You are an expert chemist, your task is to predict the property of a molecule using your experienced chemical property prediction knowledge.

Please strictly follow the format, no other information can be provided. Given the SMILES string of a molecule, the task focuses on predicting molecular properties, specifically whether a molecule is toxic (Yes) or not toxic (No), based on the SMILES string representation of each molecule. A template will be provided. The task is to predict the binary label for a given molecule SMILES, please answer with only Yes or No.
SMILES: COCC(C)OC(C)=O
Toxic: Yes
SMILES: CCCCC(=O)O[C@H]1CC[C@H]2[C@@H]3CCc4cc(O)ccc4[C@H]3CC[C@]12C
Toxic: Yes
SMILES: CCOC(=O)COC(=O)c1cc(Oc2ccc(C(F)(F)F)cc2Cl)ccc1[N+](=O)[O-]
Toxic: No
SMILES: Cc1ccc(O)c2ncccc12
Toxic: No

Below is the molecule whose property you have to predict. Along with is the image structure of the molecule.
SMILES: N#Cc1cc(Br)c(O)c(Br)c1
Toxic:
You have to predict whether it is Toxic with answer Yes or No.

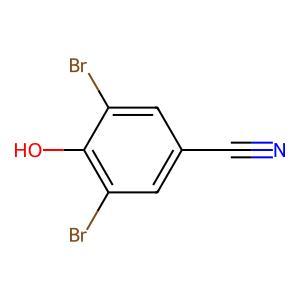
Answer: Yes